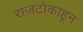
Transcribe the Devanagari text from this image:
राजटोकाहून